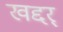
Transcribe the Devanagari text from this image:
खद्दर्